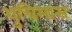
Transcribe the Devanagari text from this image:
शुचिमास